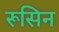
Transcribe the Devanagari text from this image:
रूसिन